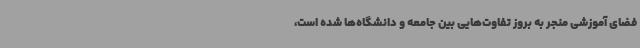
فضای آموزشی منجر به بروز تفاوت‌هایی بین جامعه و دانشگاه‌ها شده است،